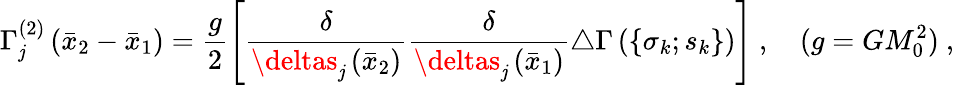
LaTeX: \Gamma_{\mathit{j}}^{(2)}\left({\bar{{x}}}_{2}-{\bar{{x}}}_{1}\right)=\frac{{g}}{{2}}\left[\frac{{\delta}}{{\deltas_{\mathit{j}}\left({\bar{{x}}}_{2}\right)}}\frac{{\delta}}{{\deltas_{\mathit{j}}\left({\bar{{x}}}_{1}\right)}}\triangle\Gamma\left(\lbrace\sigma_{k};s_{k}\rbrace\right)\right]\ ,\quad(g=GM_{0}^{2})\ ,